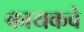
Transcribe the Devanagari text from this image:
कायकवे